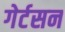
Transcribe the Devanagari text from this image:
गेर्टसन